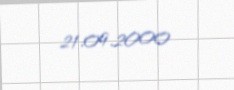
21.09.2000